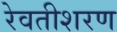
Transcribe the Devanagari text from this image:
रेवतीशरण